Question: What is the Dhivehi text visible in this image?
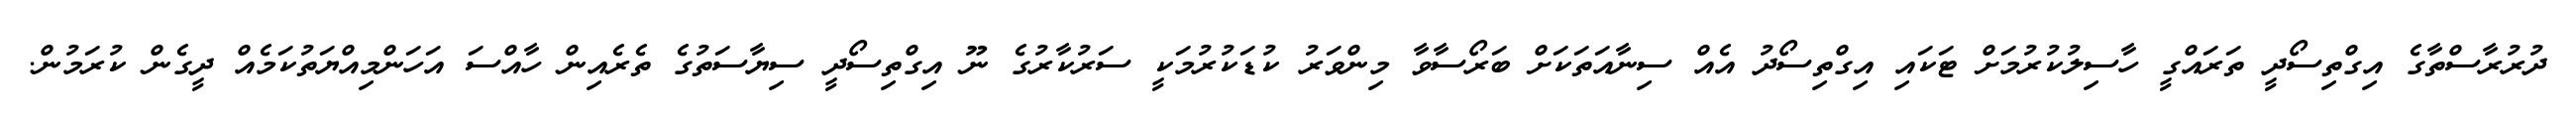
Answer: ދުރުރާސްތާގެ އިގްތިސޯދީ ތަރައްގީ ހާސިލުކުރުމަށް ޓަކައި އިގްތިސޯދު އެއް ސިނާއަތަކަށް ބަރޯސާވާ މިންވަރު ކުޑަކުރުމަކީ ސަރުކާރުގެ ނޫ އިގްތިސޯދީ ސިޔާސަތުގެ ތެރެއިން ހާއްސަ އަހަންމިއްޔަތުކަމެއް ދީގެން ކުރަމުން.